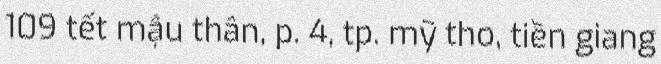
109 tết mậu thân, p. 4, tp. mỹ tho, tiền giang